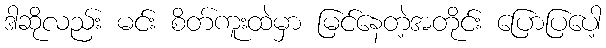
ဒါဆိုလည်း မင်း စိတ်ကူးထဲမှာ မြင်နေတဲ့အတိုင်း ပြောပြပေါ့